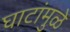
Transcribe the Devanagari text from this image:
घाटांमुळे